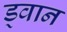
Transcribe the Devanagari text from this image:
ड्वान